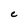
Character: C